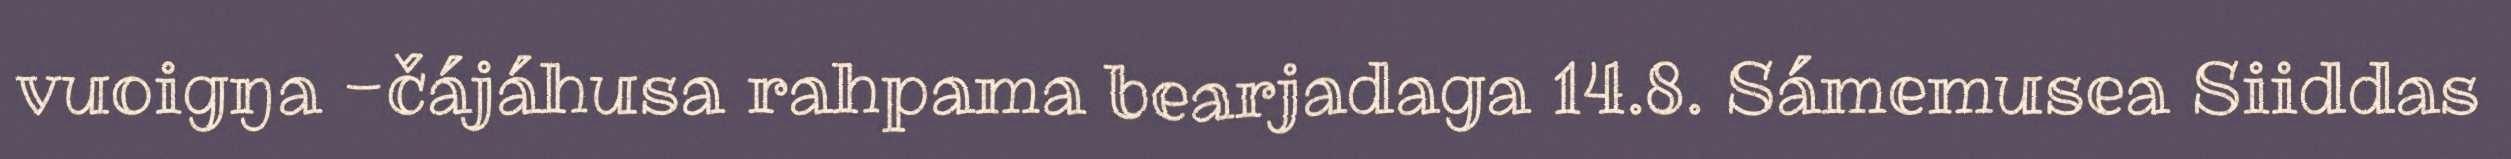
vuoigŋa -čájáhusa rahpama bearjadaga 14.8. Sámemusea Siiddas